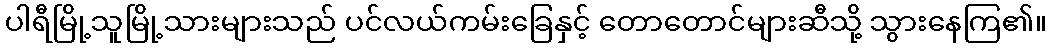
ပါရီမြို့သူမြို့သားများသည် ပင်လယ်ကမ်းခြေနှင့် တောတောင်များဆီသို့ သွားနေကြ၏။